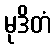
မုဒိတံ